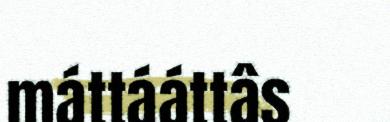
máttááttâs